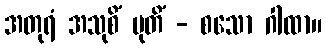
အတုရံ အသုစိံ ပုတိံ - စသော ဂါထာ။